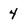
Character: 4